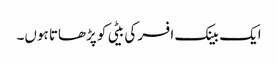
ایک بینک افسر کی بیٹی کو پڑھاتا ہوں۔